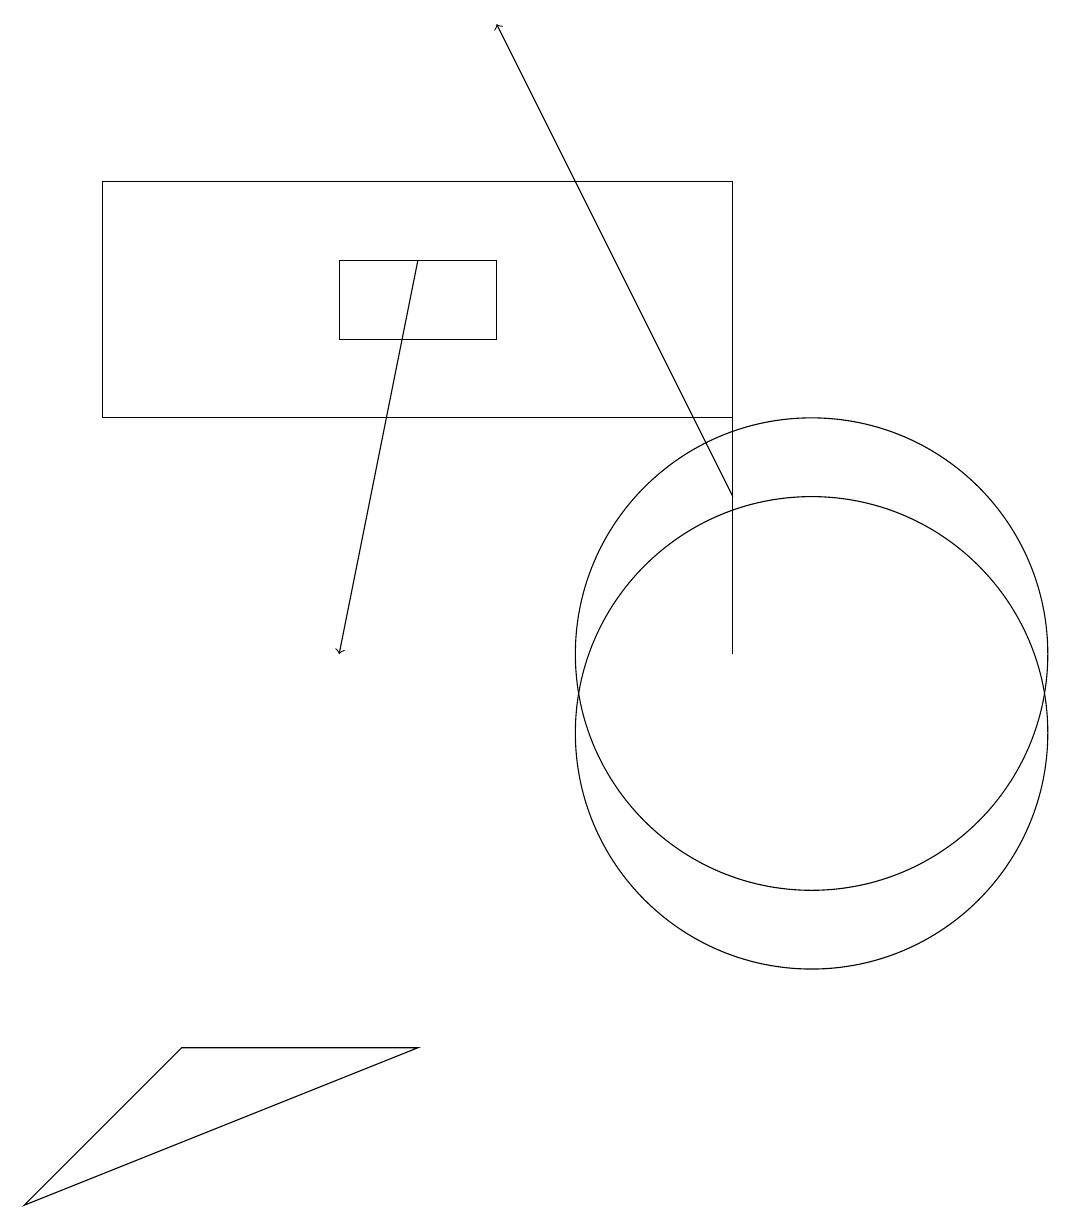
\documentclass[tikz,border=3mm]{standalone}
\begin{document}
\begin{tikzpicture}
\draw (2,6) -- (0,4) -- (5,6) -- cycle;
\draw (10,11) circle (3);
\draw (9,14) rectangle (1,17);
\draw (9,14) rectangle (9,11);
\draw (6,16) rectangle (4,15);
\draw (10,10) circle (3);
\draw[->] (5,16) -- (4,11);
\draw[->] (9,13) -- (6,19);
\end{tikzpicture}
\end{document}